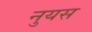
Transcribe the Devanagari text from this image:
नुयस